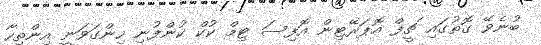
ބުނެވޭ ގޮތުގައި ޗީފް އޮޕަރޭޓިން އޮފިސަ ޓިމް ކުކް ކުންފުނި ހިންގަވަނީ އިންތިހާ